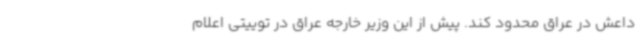
داعش در عراق محدود کند. پیش از این وزیر خارجه عراق در توییتی اعلام